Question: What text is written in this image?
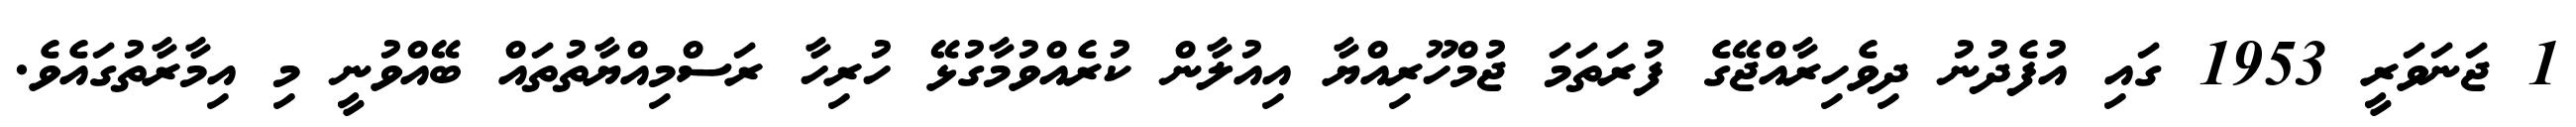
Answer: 1 ޖަނަވަރީ 1953 ގައި އުފެދުނު ދިވެހިރާއްޖޭގެ ފުރަތަމަ ޖުމްހޫރިއްޔާ އިއުލާން ކުރެއްވުމާގުޅޭ ހުރިހާ ރަސްމިއްޔާތުތައް ބޭއްވުނީ މި އިމާރާތުގައެވެ.